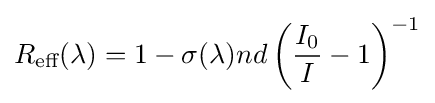
R_{\text{eff}}(\lambda )=1-\sigma (\lambda )nd\left({\frac {I_{0}}{I}}-1\right)^{-1}